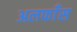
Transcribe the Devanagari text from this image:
अलफाँस